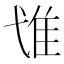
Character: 隿